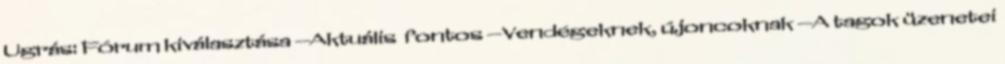
Ugrás: Fórum kiválasztása --Aktuális fontos --Vendégeknek, újoncoknak --A tagok üzenetei